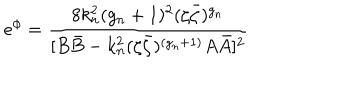
e ^ { \phi } = \frac { 8 k _ { n } ^ { 2 } ( g _ { n } + 1 ) ^ { 2 } ( \zeta \bar { \zeta } ) ^ { g _ { n } } } { [ B \bar { B } - k _ { n } ^ { 2 } ( \zeta \bar { \zeta } ) ^ { ( g _ { n } + 1 ) } A \bar { A } ] ^ { 2 } }